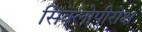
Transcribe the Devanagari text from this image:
सिक्लोपीरोक्ष